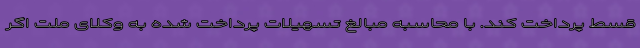
قسط پرداخت کند. با محاسبه مبالغ تسهیلات پرداخت شده به وکلای ملت اگر